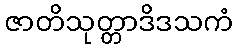
ဇာတိသုတ္တာဒိဒသကံ